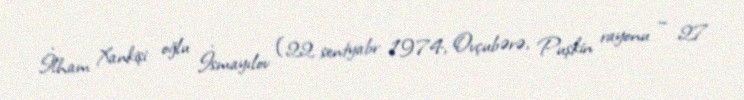
İlham Xankişi oğlu İsmayılov (22 sentyabr 1974, Ovçubərə, Puşkin rayonu – 27